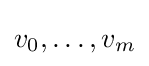
v_{0},\dots ,v_{m}